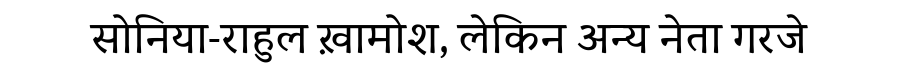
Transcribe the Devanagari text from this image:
सोनिया-राहुल ख़ामोश, लेकिन अन्य नेता गरजे